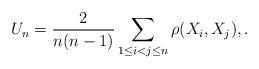
LaTeX: \begin{align*}U_n = \frac{2}{n(n-1)}\sum_{1 \le i <j \le n} \rho(X_i, X_j), .\end{align*}